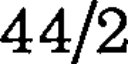
44/2